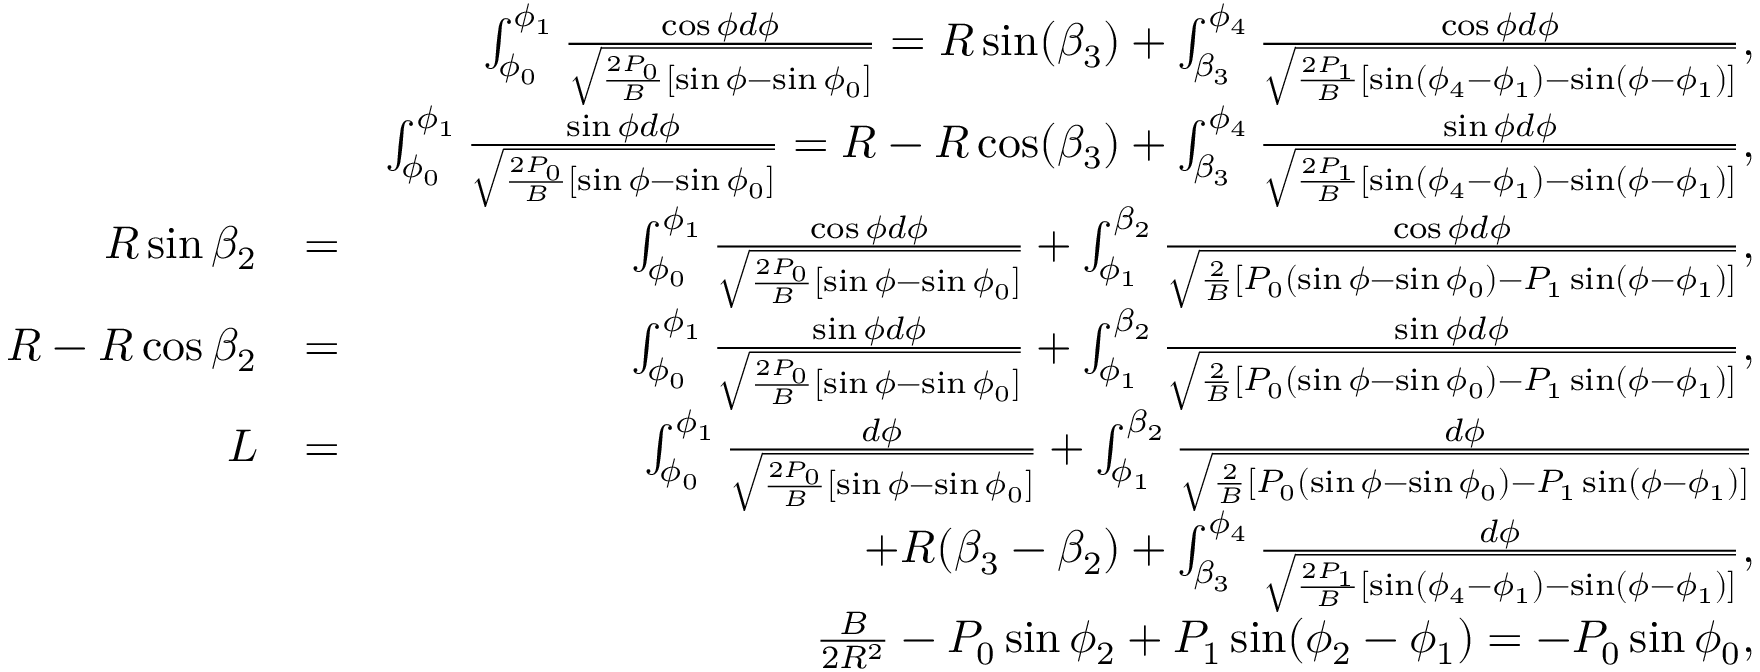
\begin{array} { r l r } & { } & { \int _ { \phi _ { 0 } } ^ { \phi _ { 1 } } \frac { \cos \phi d \phi } { \sqrt { \frac { 2 P _ { 0 } } { B } [ \sin \phi - \sin \phi _ { 0 } ] } } = R \sin ( \beta _ { 3 } ) + \int _ { \beta _ { 3 } } ^ { \phi _ { 4 } } \frac { \cos \phi d \phi } { \sqrt { \frac { 2 P _ { 1 } } { B } [ \sin ( \phi _ { 4 } - \phi _ { 1 } ) - \sin ( \phi - \phi _ { 1 } ) ] } } , } \\ & { } & { \int _ { \phi _ { 0 } } ^ { \phi _ { 1 } } \frac { \sin \phi d \phi } { \sqrt { \frac { 2 P _ { 0 } } { B } [ \sin \phi - \sin \phi _ { 0 } ] } } = R - R \cos ( \beta _ { 3 } ) + \int _ { \beta _ { 3 } } ^ { \phi _ { 4 } } \frac { \sin \phi d \phi } { \sqrt { \frac { 2 P _ { 1 } } { B } [ \sin ( \phi _ { 4 } - \phi _ { 1 } ) - \sin ( \phi - \phi _ { 1 } ) ] } } , } \\ { R \sin \beta _ { 2 } } & { = } & { \int _ { \phi _ { 0 } } ^ { \phi _ { 1 } } \frac { \cos \phi d \phi } { \sqrt { \frac { 2 P _ { 0 } } { B } [ \sin \phi - \sin \phi _ { 0 } ] } } + \int _ { \phi _ { 1 } } ^ { \beta _ { 2 } } \frac { \cos \phi d \phi } { \sqrt { \frac { 2 } { B } [ P _ { 0 } ( \sin \phi - \sin \phi _ { 0 } ) - P _ { 1 } \sin ( \phi - \phi _ { 1 } ) ] } } , } \\ { R - R \cos \beta _ { 2 } } & { = } & { \int _ { \phi _ { 0 } } ^ { \phi _ { 1 } } \frac { \sin \phi d \phi } { \sqrt { \frac { 2 P _ { 0 } } { B } [ \sin \phi - \sin \phi _ { 0 } ] } } + \int _ { \phi _ { 1 } } ^ { \beta _ { 2 } } \frac { \sin \phi d \phi } { \sqrt { \frac { 2 } { B } [ P _ { 0 } ( \sin \phi - \sin \phi _ { 0 } ) - P _ { 1 } \sin ( \phi - \phi _ { 1 } ) ] } } , } \\ { L } & { = } & { \int _ { \phi _ { 0 } } ^ { \phi _ { 1 } } \frac { d \phi } { \sqrt { \frac { 2 P _ { 0 } } { B } [ \sin \phi - \sin \phi _ { 0 } ] } } + \int _ { \phi _ { 1 } } ^ { \beta _ { 2 } } \frac { d \phi } { \sqrt { \frac { 2 } { B } [ P _ { 0 } ( \sin \phi - \sin \phi _ { 0 } ) - P _ { 1 } \sin ( \phi - \phi _ { 1 } ) ] } } } \\ & { } & { + R ( \beta _ { 3 } - \beta _ { 2 } ) + \int _ { \beta _ { 3 } } ^ { \phi _ { 4 } } \frac { d \phi } { \sqrt { \frac { 2 P _ { 1 } } { B } [ \sin ( \phi _ { 4 } - \phi _ { 1 } ) - \sin ( \phi - \phi _ { 1 } ) ] } } , } \\ & { } & { \frac { B } { 2 R ^ { 2 } } - P _ { 0 } \sin \phi _ { 2 } + P _ { 1 } \sin ( \phi _ { 2 } - \phi _ { 1 } ) = - P _ { 0 } \sin \phi _ { 0 } , } \end{array}